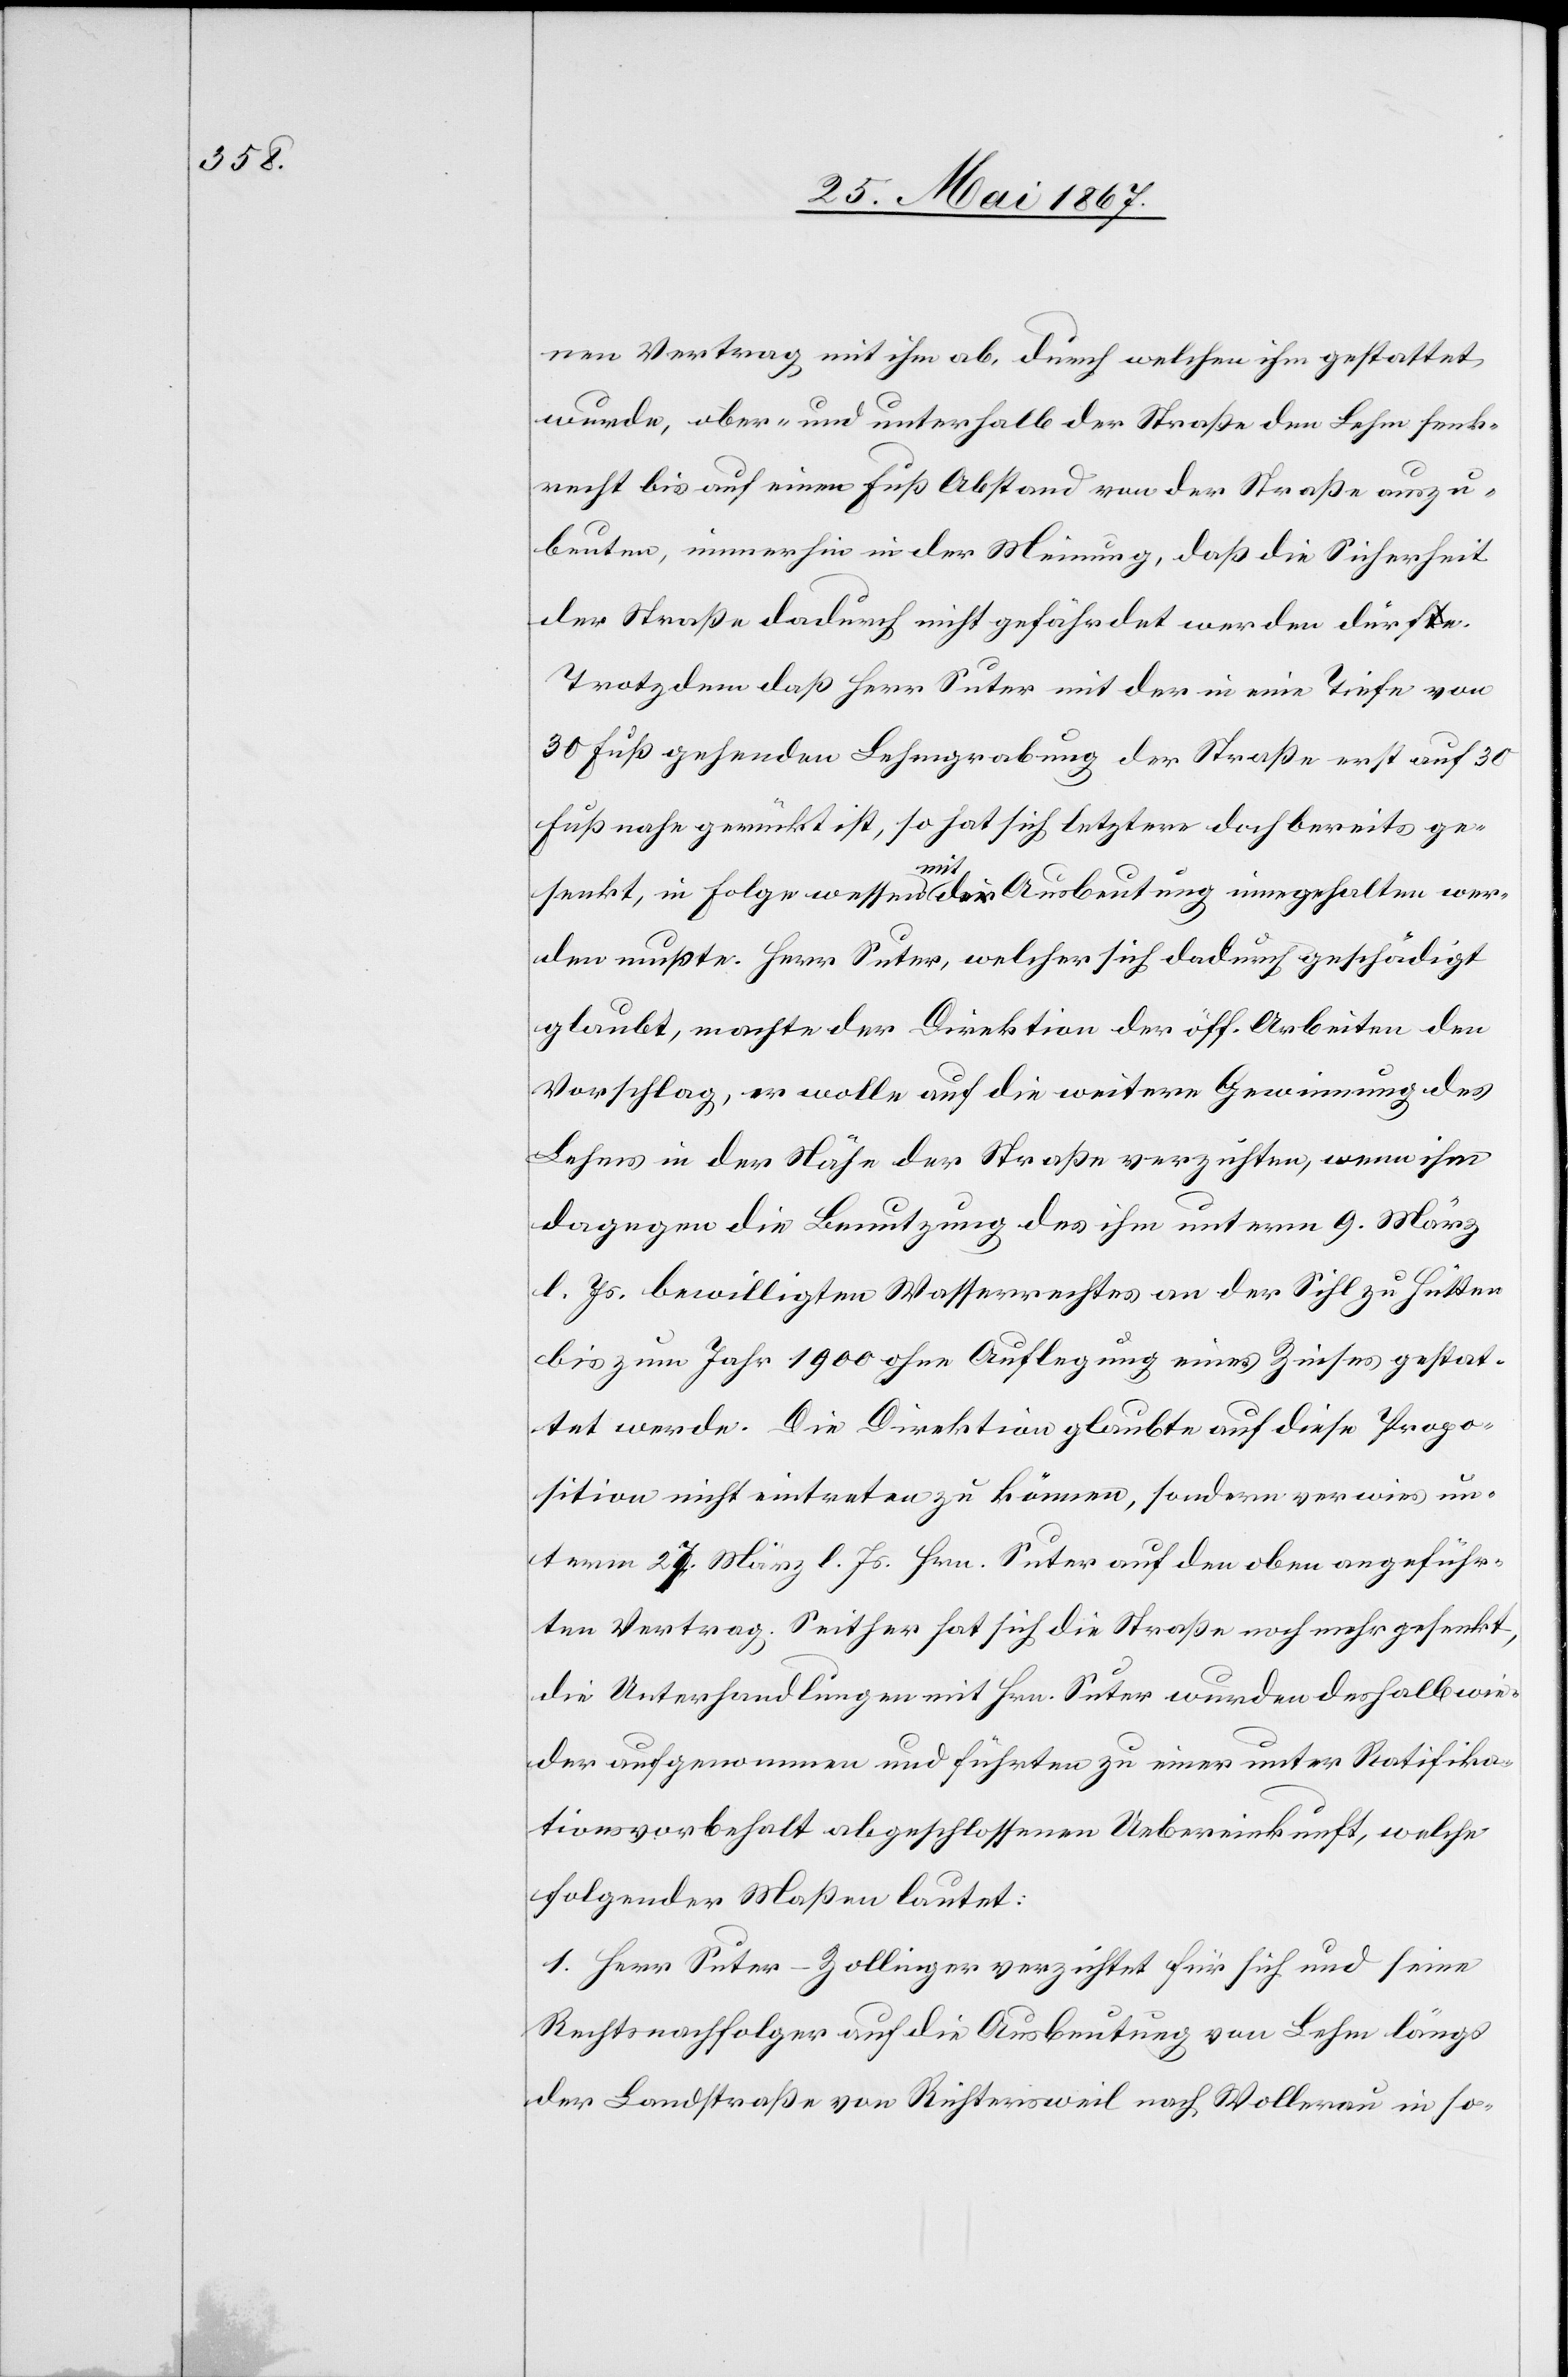
nen Vertrag mit ihm ab, durch welchen ihm gestattet
wurde, über- und unterhalb der Straße den Lehm senk¬
recht bis auf einen Fuß Abstand von der Straße auszu¬
beuten, immerhin in der Meinung, daß die Sicherheit
der Straße dadurch nicht gefährdet werden dürfte.
Trotzdem daß Herr Suter mit der in eine Tiefe von
30 Fuß gehenden Lehmgrabung der Straße erst auf 30
Fuß nahe gerückt ist, so hat sich letztere doch bereits ge¬
senkt, in Folge wessen mit der Ausbeutung eingehalten wer¬
den mußte. Herr Suter, welcher sich dadurch geschädigt
glaubt, machte der Direktion der öff. Arbeiten den
Vorschlag, er wolle auf die weitere Gewinnung des
Lehms in der Nähe der Straße verzichten, wenn ihm
dagegen die Benutzung des ihm unterm 9. März
l. Js. bewilligten Wasserrechtes an der Sihl zu Hütten
bis zum Jahr 1900 ohne Auflegung eines Zinses gestat¬
tet werde. Die Direktion glaubte auf diese Propo¬
sition nicht eintreten zu können, sondern verwies un¬
term 27. März l. Js. Hrn. Suter auf den oben angeführ¬
ten Vertrag. Seither hat sich die Straße noch mehr gesenkt,
die Unterhandlungen mit Hrn. Suter wurden deshalb wie¬
der aufgenommen und führten zu einer unter Ratifika¬
tionsvorbehalt abgeschlossenen Uebereinkunft, welche
folgender Maßen lautet:
1. Herr Suter-Zollinger verzichtet für sich und seine
Rechtsnachfolger auf die Ausbeutung von Lehm längs
der Landstraße von Richtersweil nach Wollerau in so-